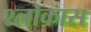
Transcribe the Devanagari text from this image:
श्लोकास